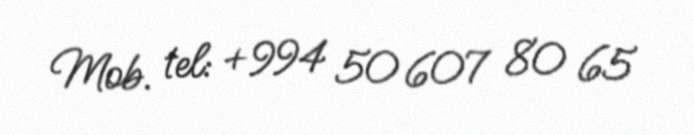
Mob. tel: +994 50 607 80 65